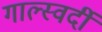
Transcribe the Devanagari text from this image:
गाल्स्वर्दी